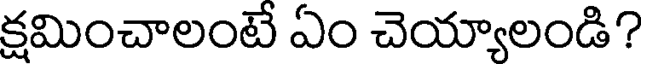
క్షమించాలంటే ఏం చెయ్యాలండి?